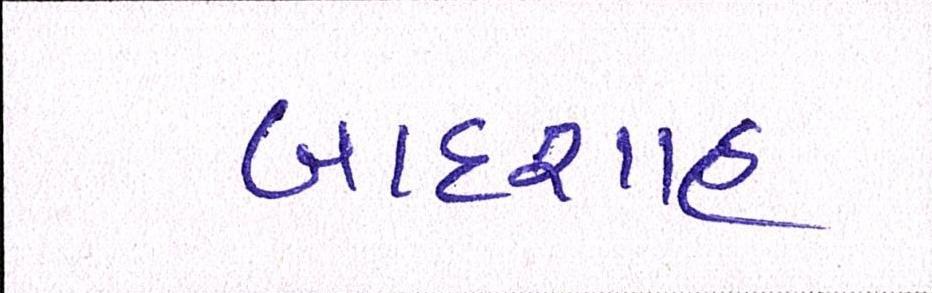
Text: બાદશાહ